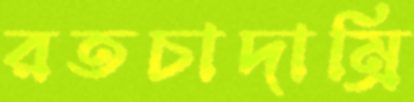
রতচাদাম্রি